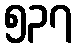
၅၃၇